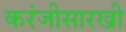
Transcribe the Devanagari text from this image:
करंजीसारखी